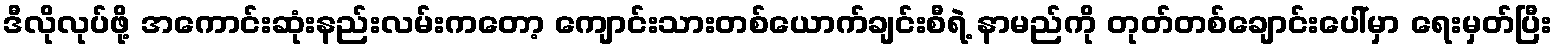
ဒီလိုလုပ်ဖို့ အကောင်းဆုံးနည်းလမ်းကတော့ ကျောင်းသားတစ်ယောက်ချင်းစီရဲ့ နာမည်ကို တုတ်တစ်ချောင်းပေါ်မှာ ရေးမှတ်ပြီး